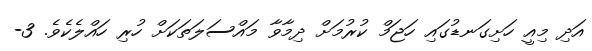
އަދި މިއީ ހަށިގަނޑުގައި ހަޖަމް ކުރުމަށް ދިމާވާ މައްސަލަތަކަށް ހުރި ހައްލެކެވެ. 3-